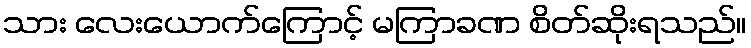
သား လေးယောက်ကြောင့် မကြာခဏ စိတ်ဆိုးရသည်။